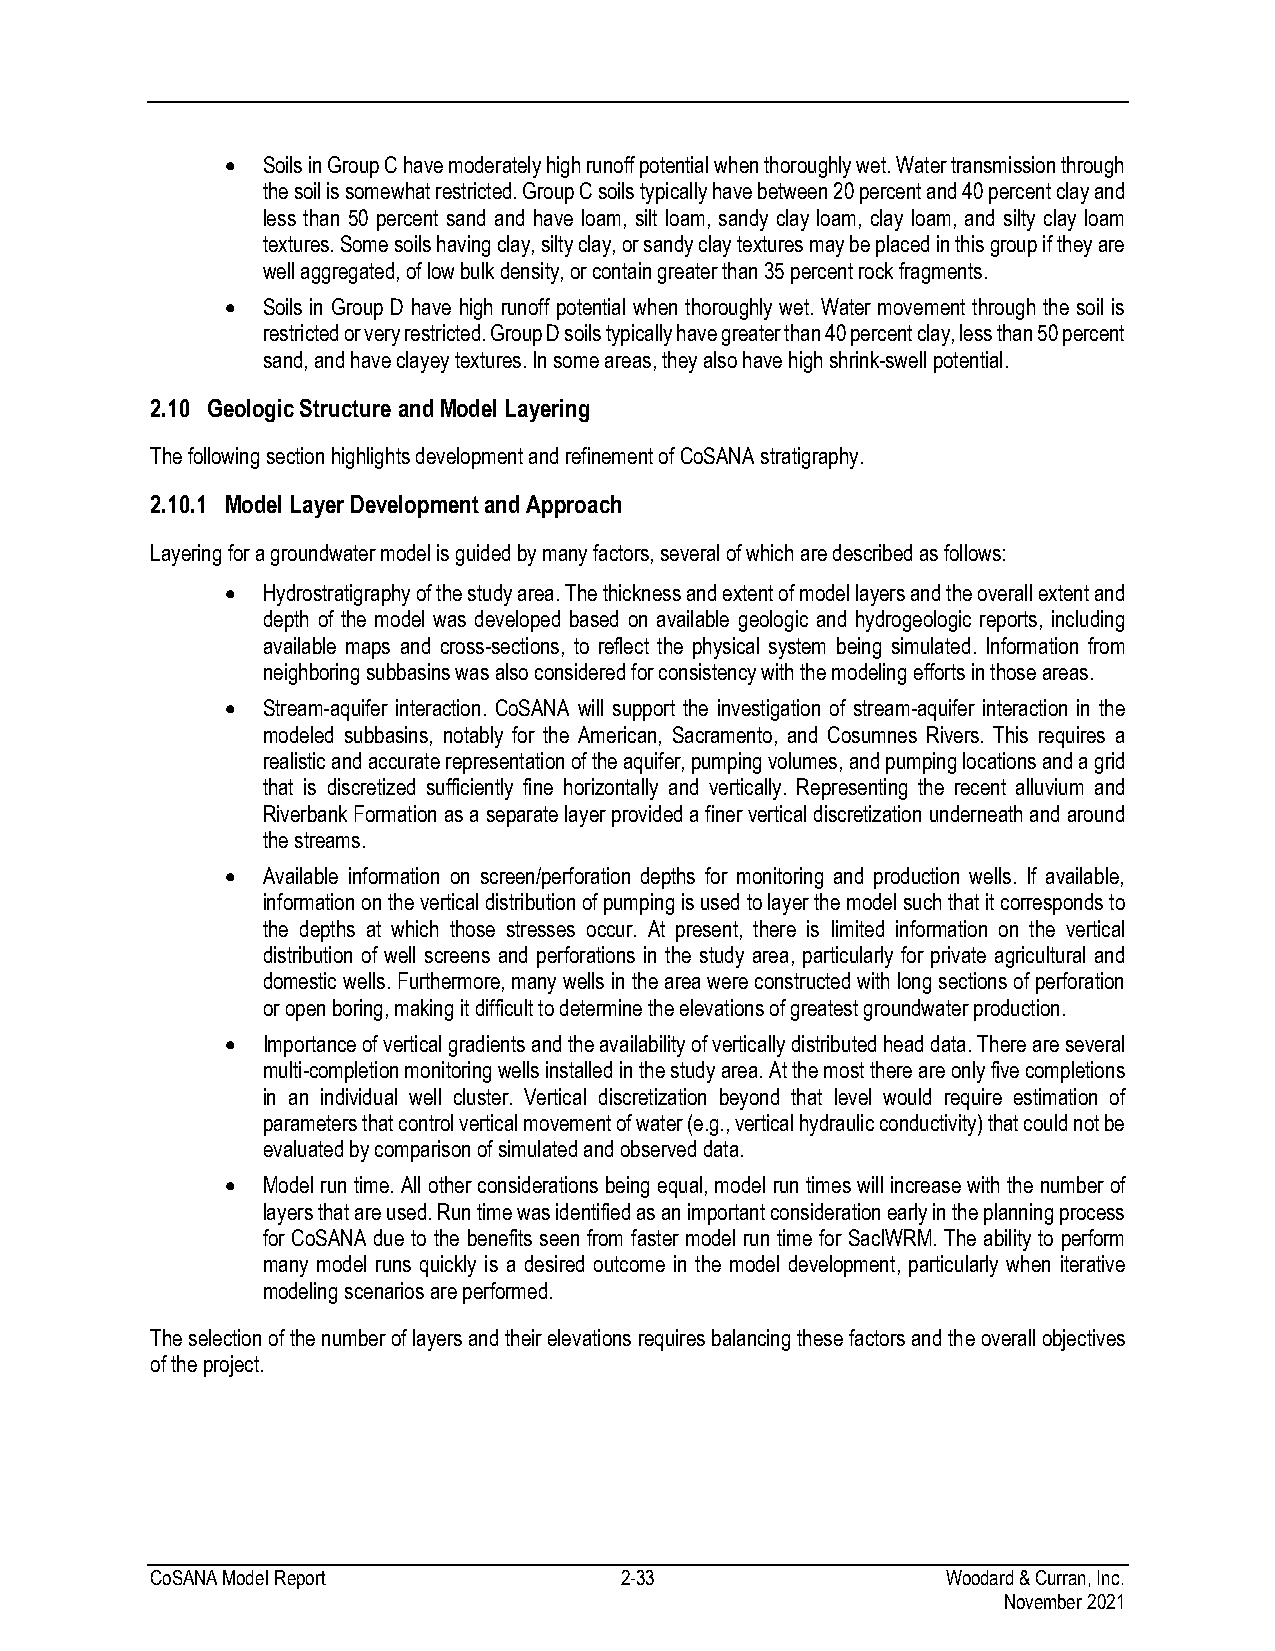
• Soils in Group C have moderately high runoff potential when thoroughly wet. Water transmission through
 the soil is somewhat restricted. Group C soils typically have between 20 percent and 40 percent clay and
 less than 50 percent sand and have loam, silt loam, sandy clay loam, clay loam, and silty clay loam
 textures. Some soils having clay, silty clay, or sandy clay textures may be placed in this group if they are
 well aggregated, of low bulk density, or contain greater than 35 percent rock fragments.
 • Soils in Group D have high runoff potential when thoroughly wet. Water movement through the soil is
 restricted or very restricted. Group D soils typically have greater than 40 percent clay, less than 50 percent
 sand, and have clayey textures. In some areas, they also have high shrink-swell potential.
 2.10 Geologic Structure and Model Layering
 The following section highlights development and refinement of CoSANA stratigraphy.
 2.10.1 Model Layer Development and Approach
 Layering for a groundwater model is guided by many factors, several of which are described as follows:
 • Hydrostratigraphy of the study area. The thickness and extent of model layers and the overall extent and
 depth of the model was developed based on available geologic and hydrogeologic reports, including
 available maps and cross-sections, to reflect the physical system being simulated. Information from
 neighboring subbasins was also considered for consistency with the modeling efforts in those areas.
 • Stream-aquifer interaction. CoSANA will support the investigation of stream-aquifer interaction in the
 modeled subbasins, notably for the American, Sacramento, and Cosumnes Rivers. This requires a
 realistic and accurate representation of the aquifer, pumping volumes, and pumping locations and a grid
 that is discretized sufficiently fine horizontally and vertically. Representing the recent alluvium and
 Riverbank Formation as a separate layer provided a finer vertical discretization underneath and around
 the streams.
 • Available information on screen/perforation depths for monitoring and production wells. If available,
 information on the vertical distribution of pumping is used to layer the model such that it corresponds to
 the depths at which those stresses occur. At present, there is limited information on the vertical
 distribution of well screens and perforations in the study area, particularly for private agricultural and
 domestic wells. Furthermore, many wells in the area were constructed with long sections of perforation
 or open boring, making it difficult to determine the elevations of greatest groundwater production.
 • Importance of vertical gradients and the availability of vertically distributed head data. There are several
 multi-completion monitoring wells installed in the study area. At the most there are only five completions
 in an individual well cluster. Vertical discretization beyond that level would require estimation of
 parameters that control vertical movement of water (e.g., vertical hydraulic conductivity) that could not be
 evaluated by comparison of simulated and observed data.
 • Model run time. All other considerations being equal, model run times will increase with the number of
 layers that are used. Run time was identified as an important consideration early in the planning process
 for CoSANA due to the benefits seen from faster model run time for SacIWRM. The ability to perform
 many model runs quickly is a desired outcome in the model development, particularly when iterative
 modeling scenarios are performed.
 The selection of the number of layers and their elevations requires balancing these factors and the overall objectives
 of the project.
 CoSANA Model Report            2-33                  Woodard & Curran, Inc.
 November 2021